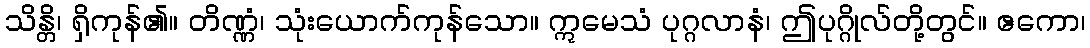
သိန္တိ၊ ရှိကုန်၏။ တိဏ္ဏံ၊ သုံးယောက်ကုန်သော။ ဣမေသံ ပုဂ္ဂလာနံ၊ ဤပုဂ္ဂိုလ်တို့တွင်။ ဧကော၊